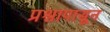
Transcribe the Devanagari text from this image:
प्रश्नापासून